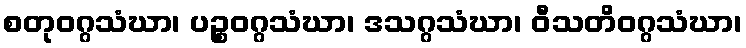
စတုဝဂ္ဂသံဃာ၊ ပဉ္စဝဂ္ဂသံဃာ၊ ဒသဂ္ဂသံဃာ၊ ဝီသတိဝဂ္ဂသံဃာ၊